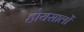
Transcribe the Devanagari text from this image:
होयसालों